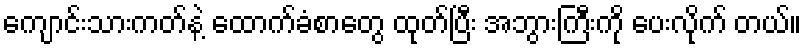
ကျောင်းသားကတ်နဲ့ ထောက်ခံစာတွေ ထုတ်ပြီး အဘွားကြီးကို ပေးလိုက် တယ်။